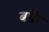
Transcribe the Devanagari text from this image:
बर्फ़ें